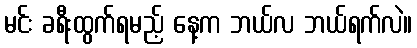
မင်း ခရီးထွက်ရမည့် နေ့က ဘယ်လ ဘယ်ရက်လဲ။